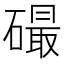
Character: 𥕸